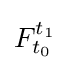
F_{t_{0}}^{t_{1}}